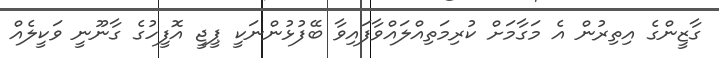
ގާޒީންގެ އިތިރުން އެ މަގާމަށް ކުރިމަތިއްލައްވާފައިވާ ބޭފުޅުންނަކީ ޕީޖީ އޮފީހުގެ ގާނޫނީ ވަކީލެއް